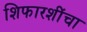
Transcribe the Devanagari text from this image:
शिफारशींचा